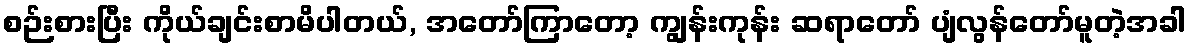
စဉ်းစားပြီး ကိုယ်ချင်းစာမိပါတယ်, အတော်ကြာတော့ ကျွန်းကုန်း ဆရာတော် ပျံလွန်တော်မူတဲ့အခါ